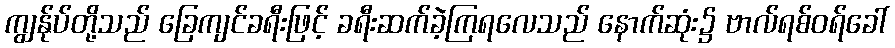
ကျွန်ုပ်တို့သည် ခြေကျင်ခရီးဖြင့် ခရီးဆက်ခဲ့ကြရလေသည် နောက်ဆုံး၌ ဗာလ်ရစ်ဝရ်ခေါ်